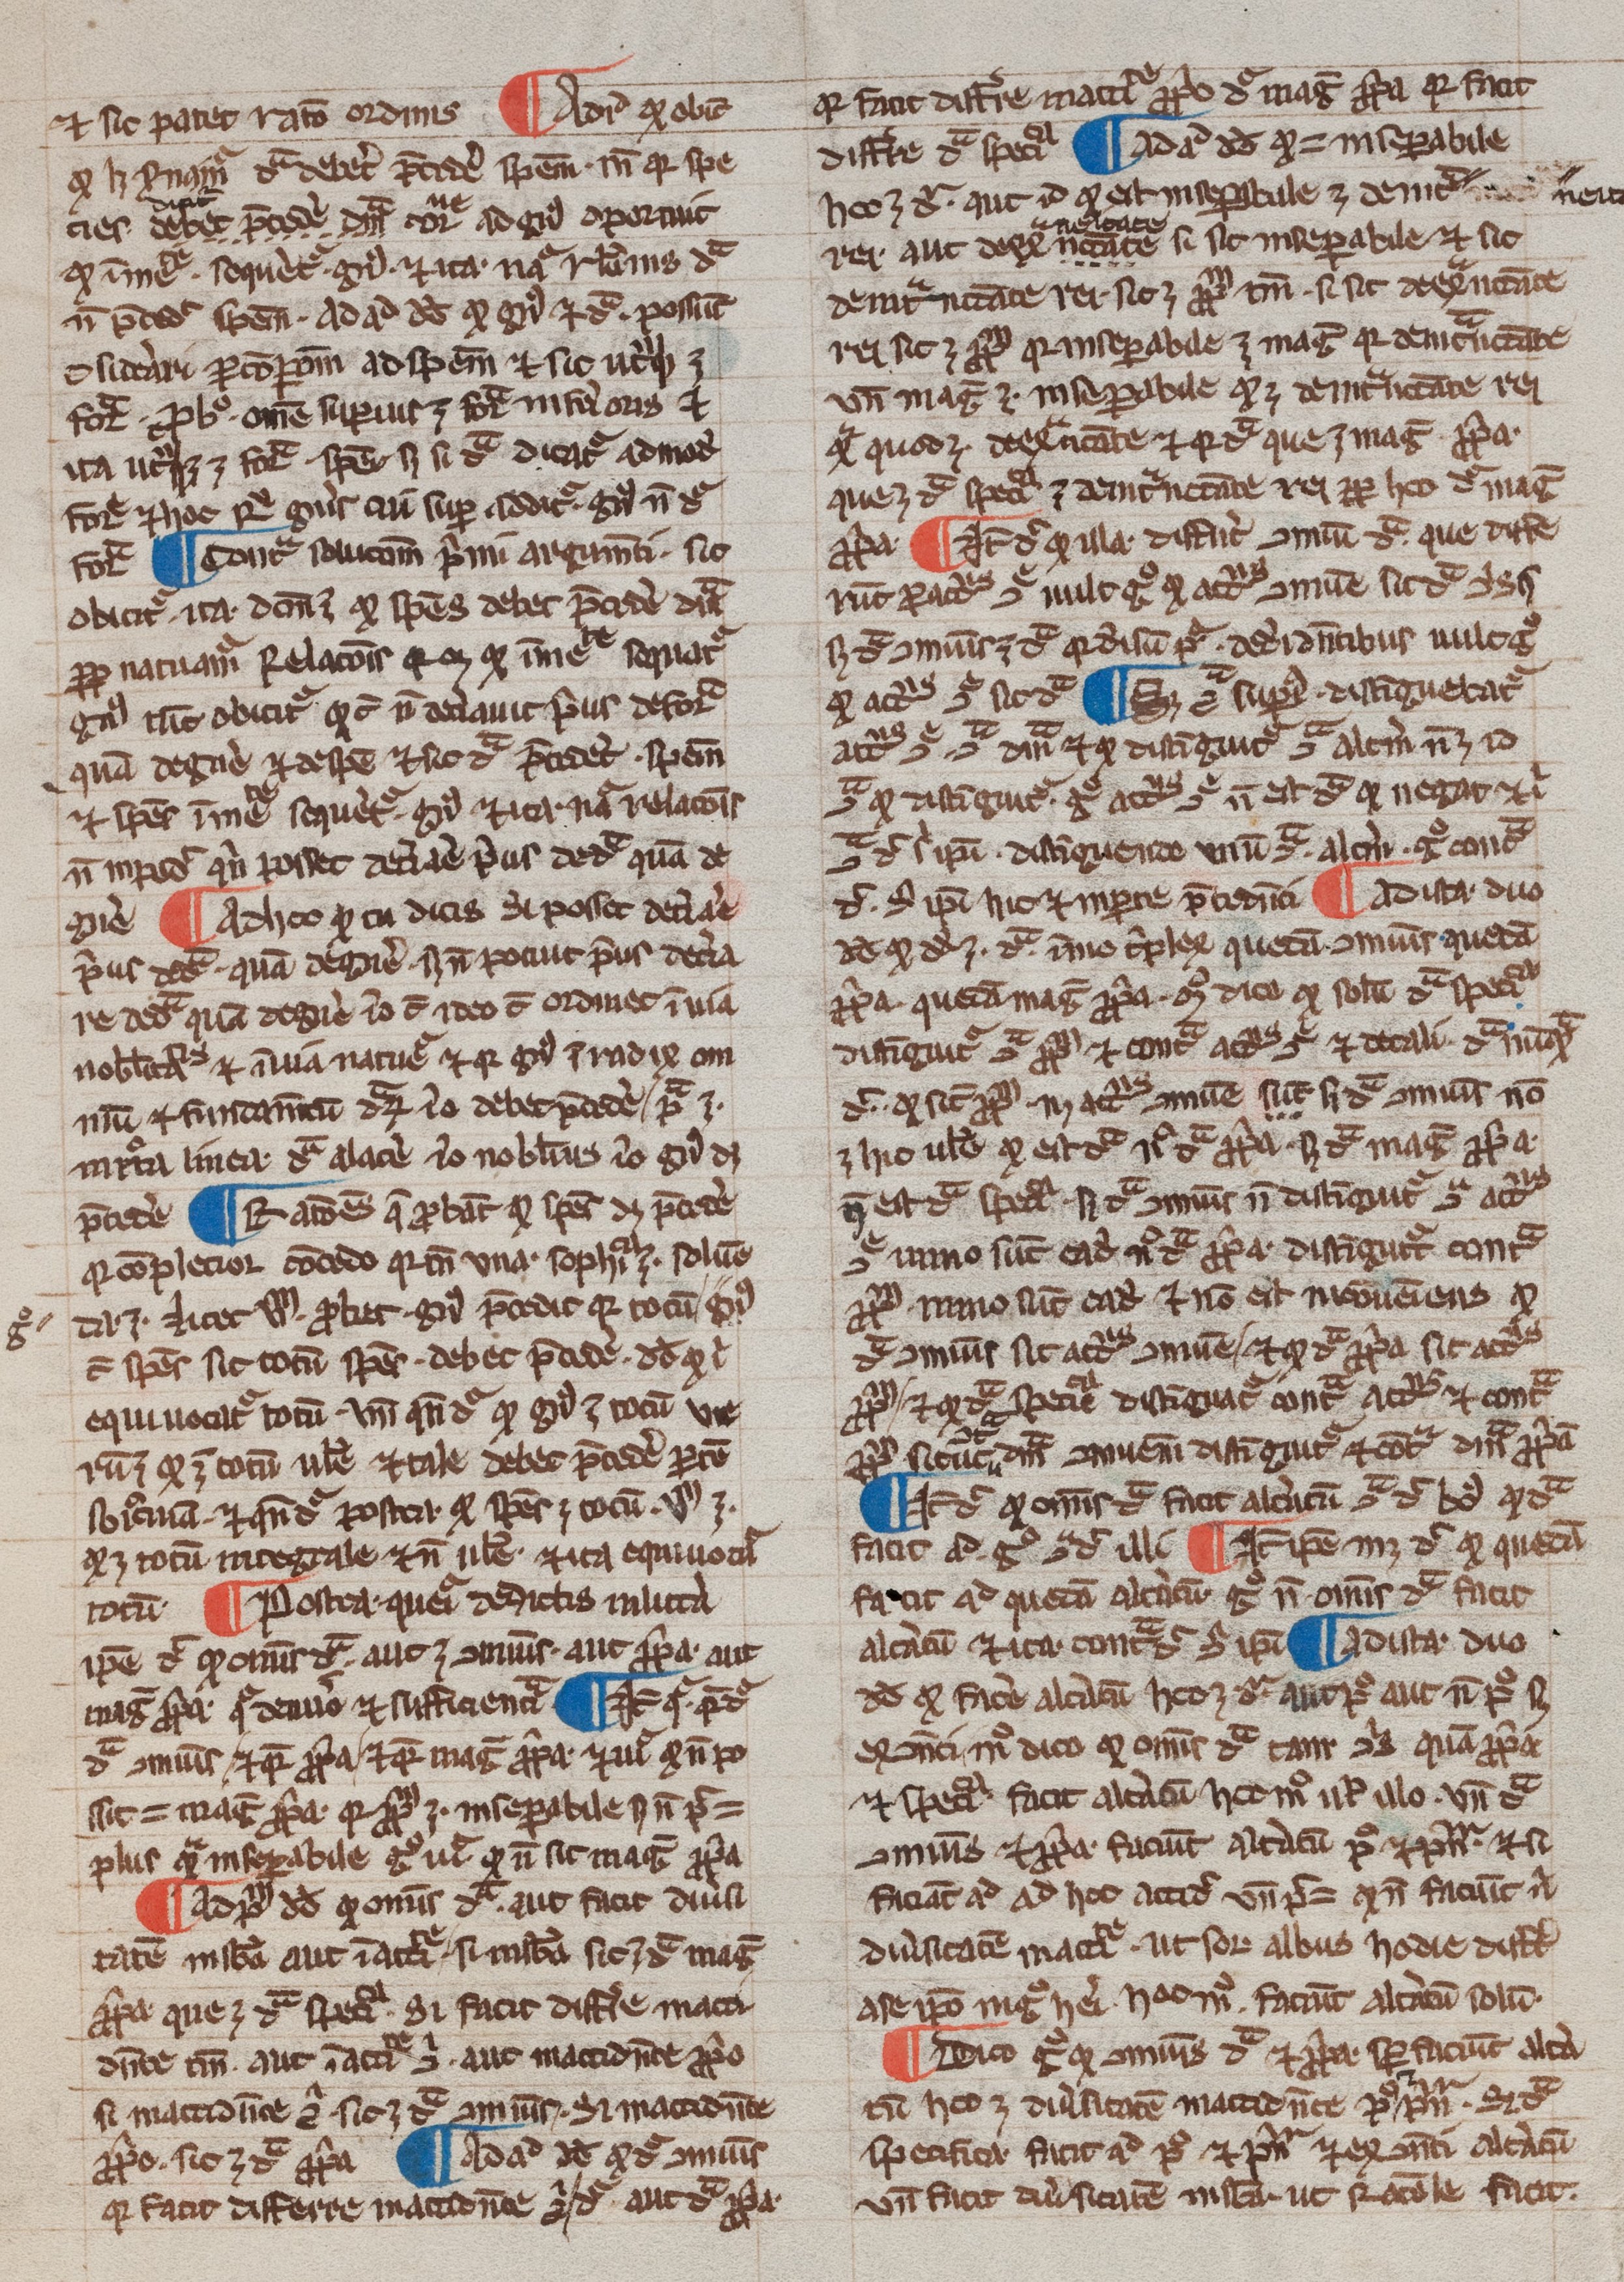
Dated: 1200–1399